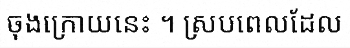
ចុងក្រោយនេះ ។ ស្របពេលដែល